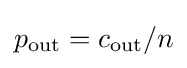
p_{\text{out}}=c_{\text{out}}/n